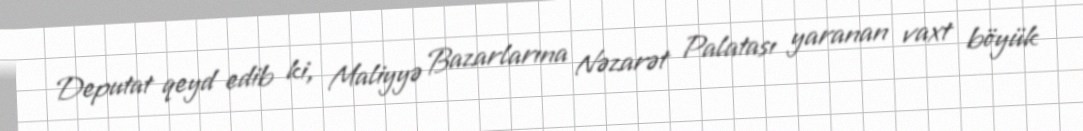
Deputat qeyd edib ki, Maliyyə Bazarlarına Nəzarət Palatası yaranan vaxt böyük